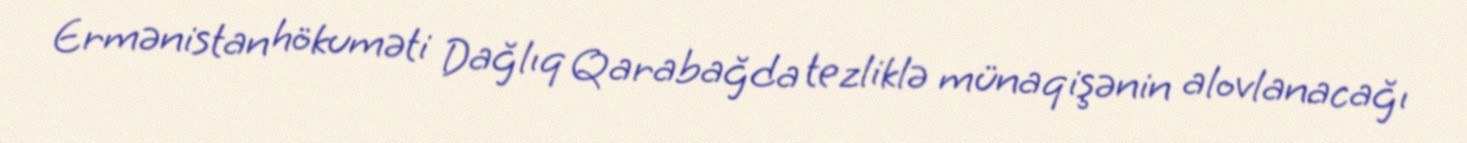
Ermənistan hökuməti Dağlıq Qarabağda tezliklə münaqişənin alovlanacağı